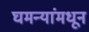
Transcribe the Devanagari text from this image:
घमन्यांमधून